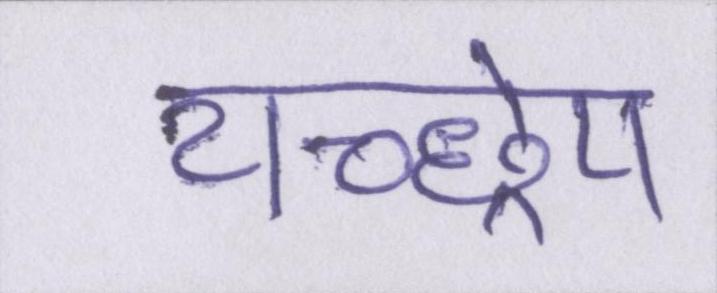
यच्छ्रेय